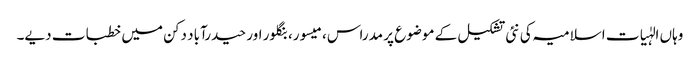
وہاں الہٰیات اسلامیہ کی نئی تشکیل کے موضوع پر مدراس، میسور، بنگلور اور حیدرآباد دکن میں خطبات دیے۔